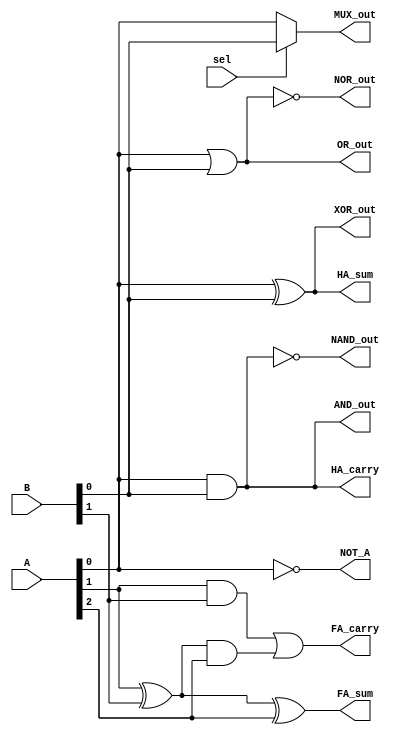
module CombinationalLogic (
    input wire [3:0] A,        // 4-bit input
    input wire [3:0] B,        // 4-bit input
    input wire sel,            // Select line for MUX
    output wire AND_out,       // AND output
    output wire OR_out,        // OR output
    output wire NOT_A,         // NOT A output
    output wire NAND_out,      // NAND output
    output wire NOR_out,       // NOR output
    output wire XOR_out,       // XOR output
    output wire MUX_out,       // MUX output
    output wire HA_sum,        // Half Adder sum output
    output wire HA_carry,      // Half Adder carry output
    output wire FA_sum,        // Full Adder sum output
    output wire FA_carry       // Full Adder carry output
);

// AND Gate
assign AND_out = A[0] & B[0];

// OR Gate
assign OR_out = A[0] | B[0];

// NOT Gate
assign NOT_A = ~A[0];

// NAND Gate
assign NAND_out = ~(A[0] & B[0]);

// NOR Gate
assign NOR_out = ~(A[0] | B[0]);

// XOR Gate
assign XOR_out = A[0] ^ B[0];

// Multiplexer (2-to-1)
assign MUX_out = sel ? B[0] : A[0];

// Half Adder
assign HA_sum = A[0] ^ B[0];
assign HA_carry = A[0] & B[0];

// Full Adder
// A[1] and B[1] are used as second input bits, Cin is considered to be A[2]
wire sum1, carry1, carry2;
assign sum1 = A[1] ^ B[1];
assign FA_sum = sum1 ^ A[2]; // A[2] serves as Cin
assign carry1 = A[1] & B[1];
assign carry2 = sum1 & A[2];
assign FA_carry = carry1 | carry2;

endmodule